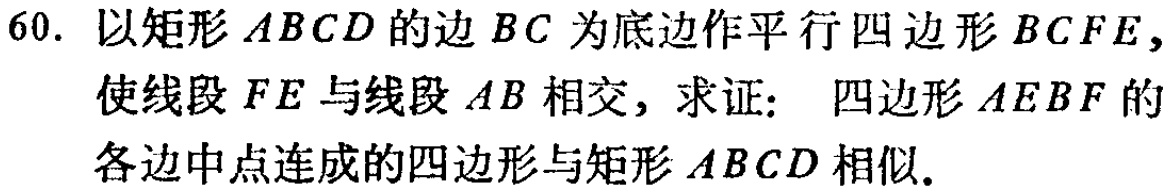
60. 以矩形\(ABCD\)的边\(BC\)为底边作平行四边形\(BCFE\)，使线段\(FE\)与线段\(AB\)相交，求证： 四边形\(AEBF\)的各边中点连成的四边形与矩形\(ABCD\)相似.